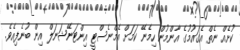
ކުށެއް ނެތް އެގައުމުގެ އާންމުން ހިމެނޭ ކަމަށް އެމްނެސްޓީ އިންޓަނޭޝަނަލް އިން ބުނެފިއެވެ.